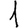
Digit: 1